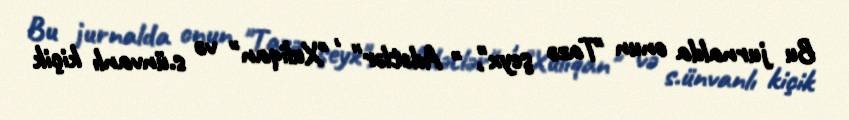
Bu jurnalda onun "Tazə şeyx", " Adətlər" , "Xuliqan" və s.ünvanlı kiçik